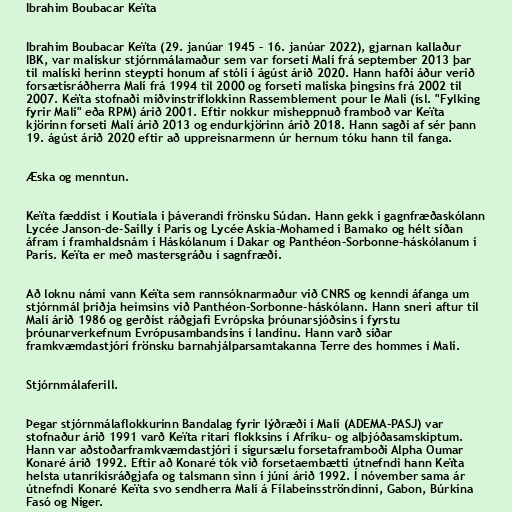
Ibrahim Boubacar Keïta

Ibrahim Boubacar Keïta (29. janúar 1945 – 16. janúar 2022), gjarnan kallaður
IBK, var malískur stjórnmálamaður sem var forseti Malí frá september 2013 þar
til malíski herinn steypti honum af stóli í ágúst árið 2020. Hann hafði áður verið
forsætisráðherra Malí frá 1994 til 2000 og forseti malíska þingsins frá 2002 til
2007. Keïta stofnaði miðvinstriflokkinn Rassemblement pour le Mali (ísl. "Fylking
fyrir Malí" eða RPM) árið 2001. Eftir nokkur misheppnuð framboð var Keïta
kjörinn forseti Malí árið 2013 og endurkjörinn árið 2018. Hann sagði af sér þann
19. ágúst árið 2020 eftir að uppreisnarmenn úr hernum tóku hann til fanga.

Æska og menntun.

Keïta fæddist í Koutiala í þáverandi frönsku Súdan. Hann gekk í gagnfræðaskólann
Lycée Janson-de-Sailly í Paris og Lycée Askia-Mohamed í Bamako og hélt síðan
áfram í framhaldsnám í Háskólanum í Dakar og Panthéon-Sorbonne-háskólanum í
París. Keïta er með mastersgráðu í sagnfræði.

Að loknu námi vann Keïta sem rannsóknarmaður við CNRS og kenndi áfanga um
stjórnmál þriðja heimsins við Panthéon-Sorbonne-háskólann. Hann sneri aftur til
Malí árið 1986 og gerðist ráðgjafi Evrópska þróunarsjóðsins í fyrstu
þróunarverkefnum Evrópusambandsins í landinu. Hann varð síðar
framkvæmdastjóri frönsku barnahjálparsamtakanna Terre des hommes í Malí.

Stjórnmálaferill.

Þegar stjórnmálaflokkurinn Bandalag fyrir lýðræði í Malí (ADEMA-PASJ) var
stofnaður árið 1991 varð Keïta ritari flokksins í Afríku- og alþjóðasamskiptum.
Hann var aðstoðarframkvæmdastjóri í sigursælu forsetaframboði Alpha Oumar
Konaré árið 1992. Eftir að Konaré tók við forsetaembætti útnefndi hann Keïta
helsta utanríkisráðgjafa og talsmann sinn í júní árið 1992. Í nóvember sama ár
útnefndi Konaré Keïta svo sendherra Malí á Fílabeinsströndinni, Gabon, Búrkína
Fasó og Níger.